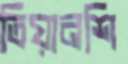
তিয়ানশি